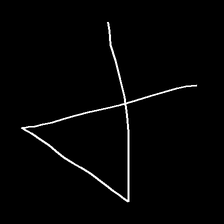
Glyph: collection